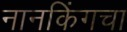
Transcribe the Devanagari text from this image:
नानकिंगचा